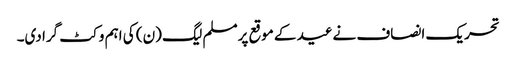
تحریک انصاف نےعید کے موقع پرمسلم لیگ (ن) کی اہم وکٹ گرا دی۔